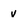
Character: v